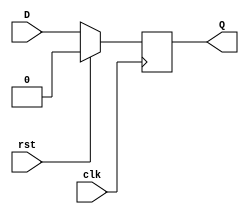
module dff(Q,D,rst,clk);
input clk,rst,D;
output reg Q;
always@(posedge clk)
if (rst)
Q <= 0;
else
Q <= D;
endmodule
module freq_div_6(t,rst,clk);
input rst,clk;
output t;
wire [2:0] Q ;
assign t = Q[2];
dff d0(Q[0],(~Q[1])&(~Q[0]),rst,clk);
dff d1(Q[1],(~Q[1])&(Q[0]),rst,clk);
dff d2(Q[2],(Q[2]&~Q[1])|(~Q[2] &Q[1] & (~Q[0])),rst,clk);
endmodule